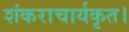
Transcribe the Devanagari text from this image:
शंकराचार्यकृत।